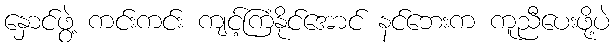
နှောင်ဖွဲ့ ကင်းကင်း ကျင့်ကြံနိုင်အောင် နင်ဘေးက ကူညီပေးဖို့ပဲ